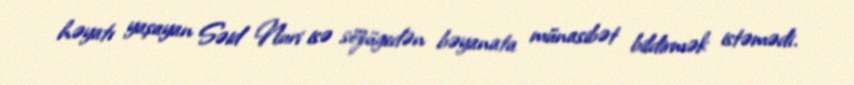
həyatı yaşayan Səid Nuri isə sözügedən bəyanata münasibət bildirmək istəmədi.